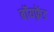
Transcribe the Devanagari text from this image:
बॉयफ़्रेंड